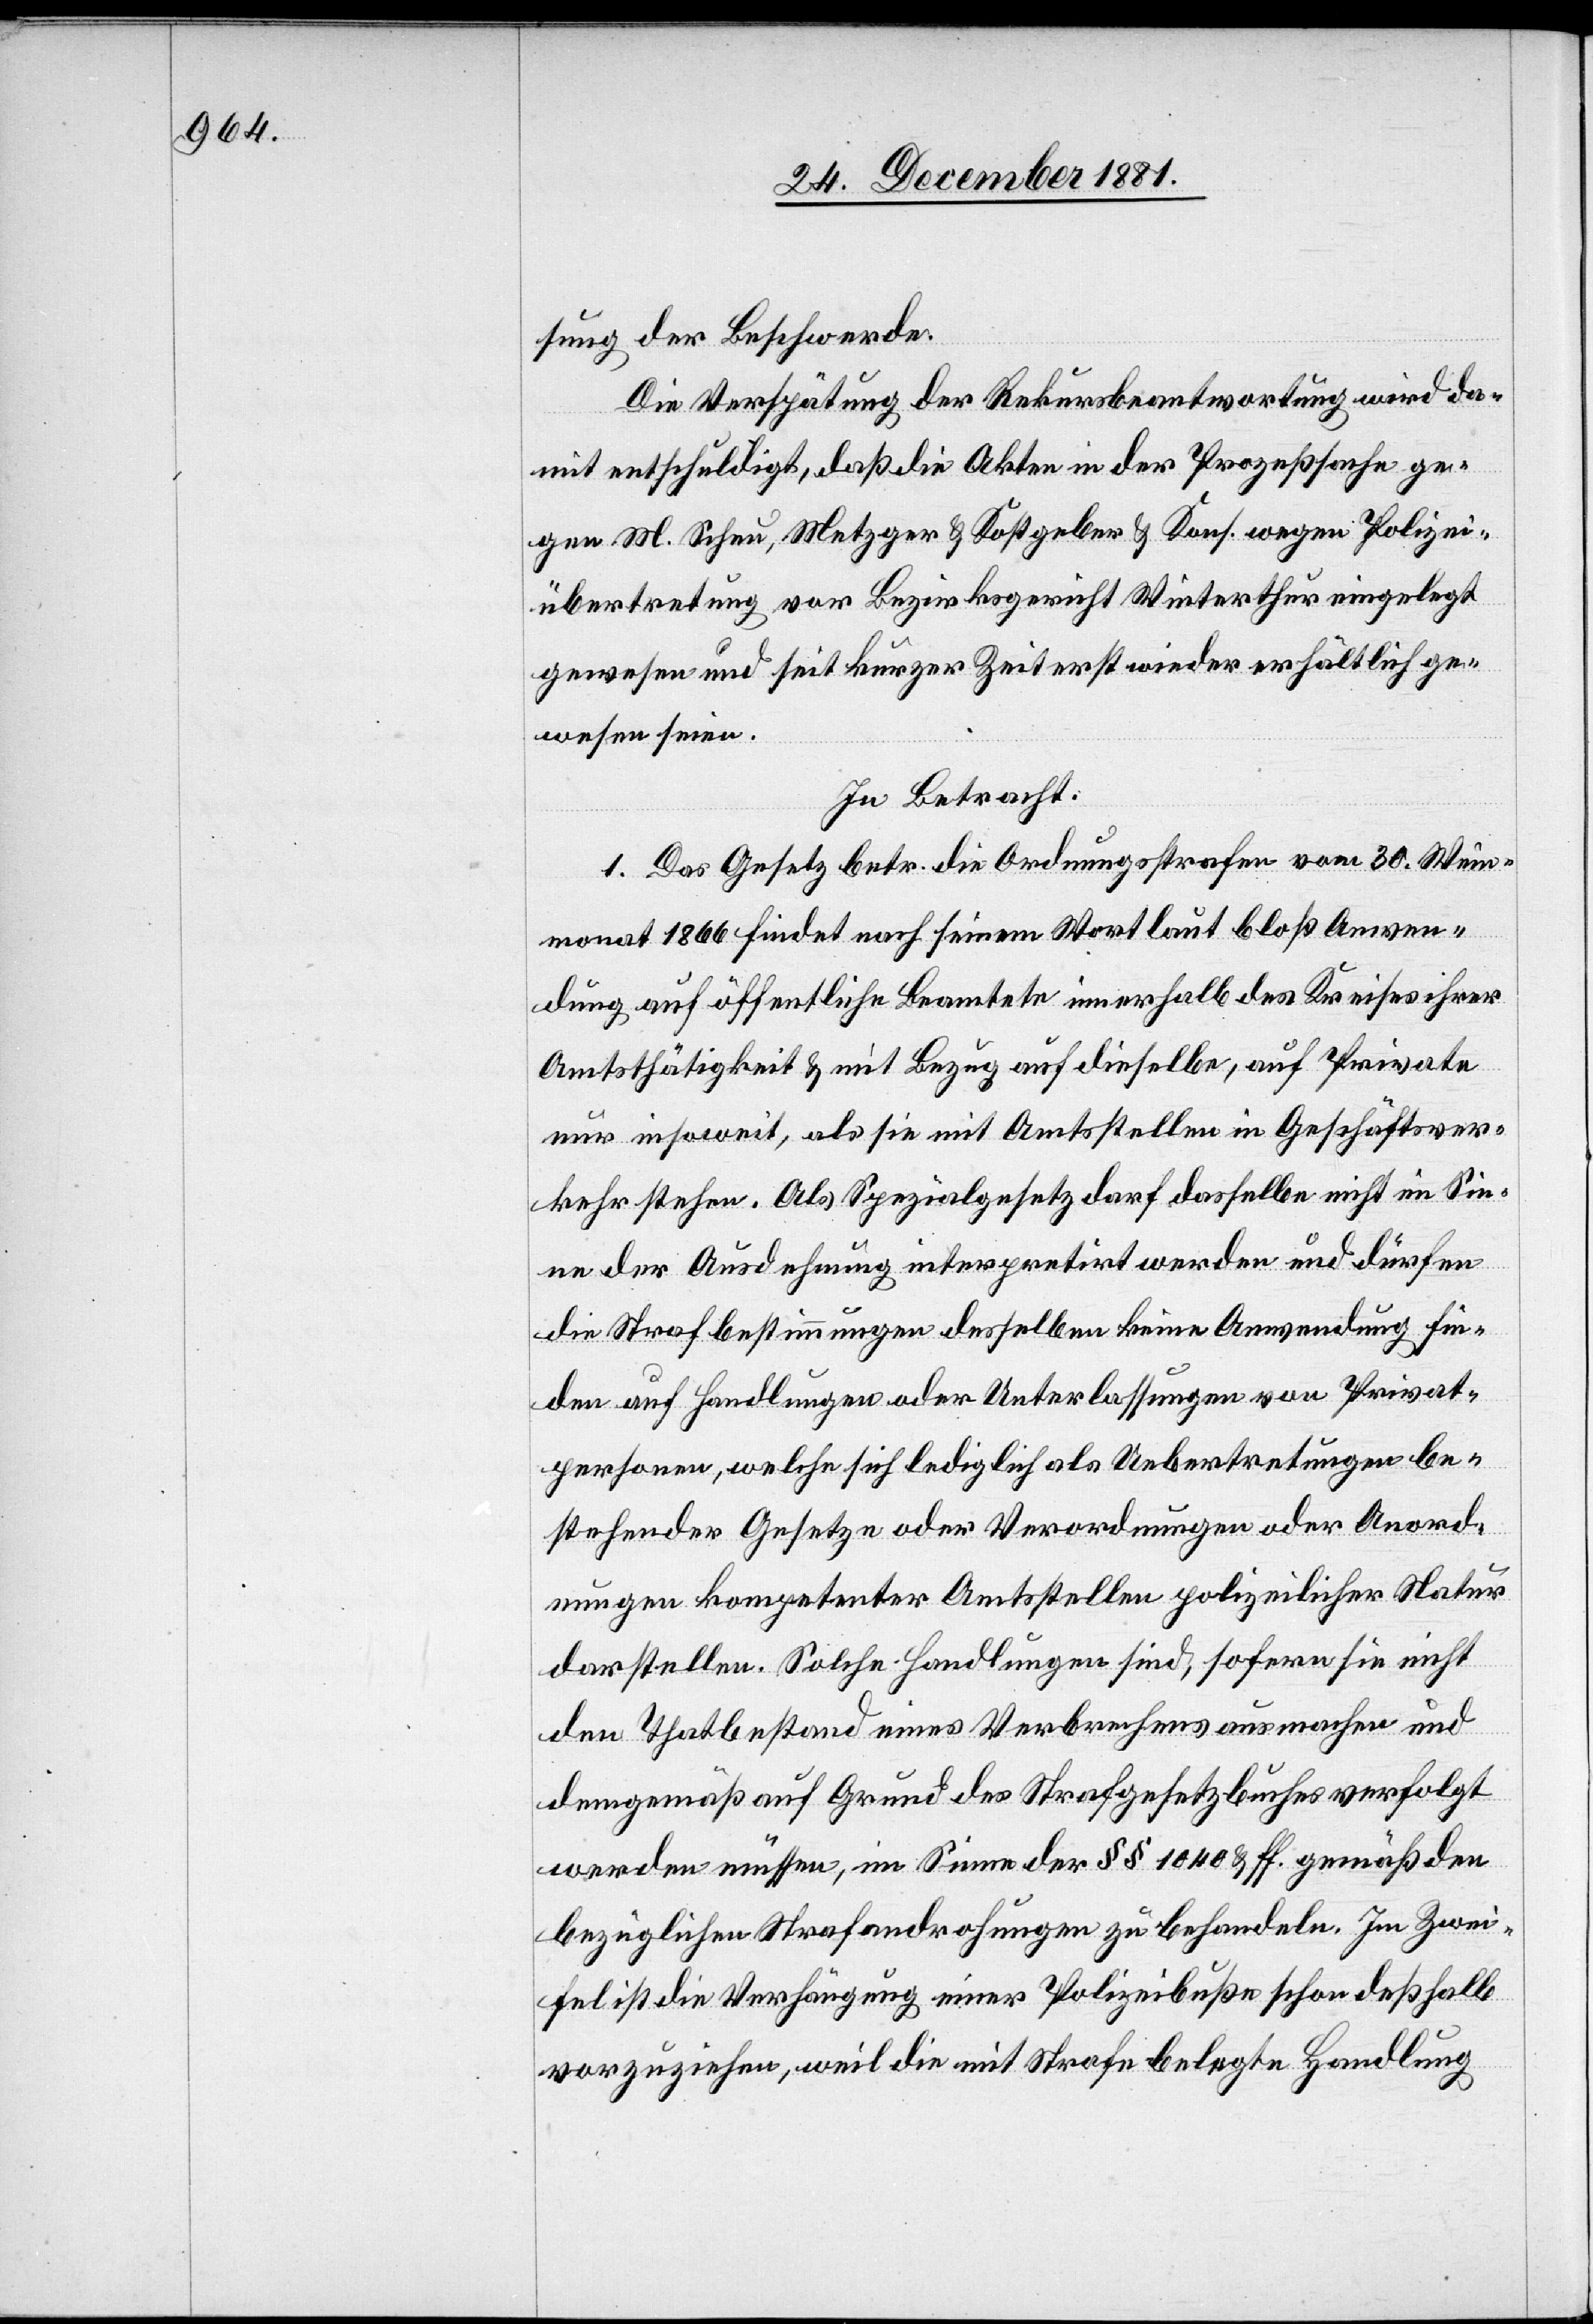
sung der Beschwerde.
Die Verspätung der Rekursbeantwortung wird da¬
mit entschuldigt, daß die Akten in der Prozeßsache ge¬
gen M. Scheu, Metzger & Kostgeber & Kons. wegen Polizei¬
übertretung vor Bezirksgericht Winterthur eingelegt
gewesen und seit kurzer Zeit erst wieder erhältlich ge¬
wesen seien.
In Betracht:
1. Das Gesetz betr. die Ordnungsstrafen vom 30. Wein¬
monat 1866 findet nach seinem Wortlaut bloß Anwen¬
dung auf öffentliche Beamtete innerhalb des Kreises ihrer
Amtsthätigkeit & mit Bezug auf dieselbe, auf Private
nur insoweit, als sie mit Amtsstellen in Geschäftsver¬
kehr stehen. Als Spezialgesetz darf dasselbe nicht im Sin¬
ne der Ausdehnung interpretirt werden und dürfen
die Strafbestimmungen desselben keine Anwendung fin¬
den auf Handlungen oder Unterlassungen von Privat¬
personen, welche sich lediglich als Uebertretungen be¬
stehender Gesetze oder Verordnungen oder Anord¬
nungen kompetenter Amtsstellen polizeilicher Natur
darstellen. Solche Handlungen sind, sofern sie nicht
dem Thatbestand eines Verbrechens ausmachen und
demgemäß auf Grund des Strafgesetzbuches verfolgt
werden müssen, im Sinne der §§ 1040 & ff. gemäß den
bezüglichen Strafandrohungen zu behandeln. Im Zwei¬
fel ist die Verhängung einer Polizeibuße schon deßhalb
vorzuziehen, weil die mit Strafe belegte Handlung